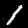
Label: 1